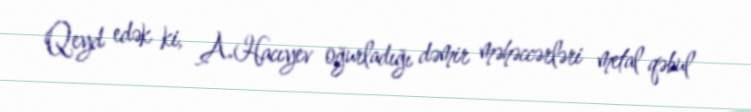
Qeyd edək ki, A.Hacıyev oğurladığı dəmir məhəccərləri metal qəbul